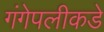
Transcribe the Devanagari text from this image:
गंगेपलीकडे